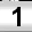
Digit: 1